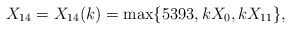
\begin{align*} X_{14} = X_{14}(k) = \max\{5393, kX_0, kX_{11} \},\end{align*}